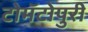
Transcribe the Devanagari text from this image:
टोमॅटोपुरी